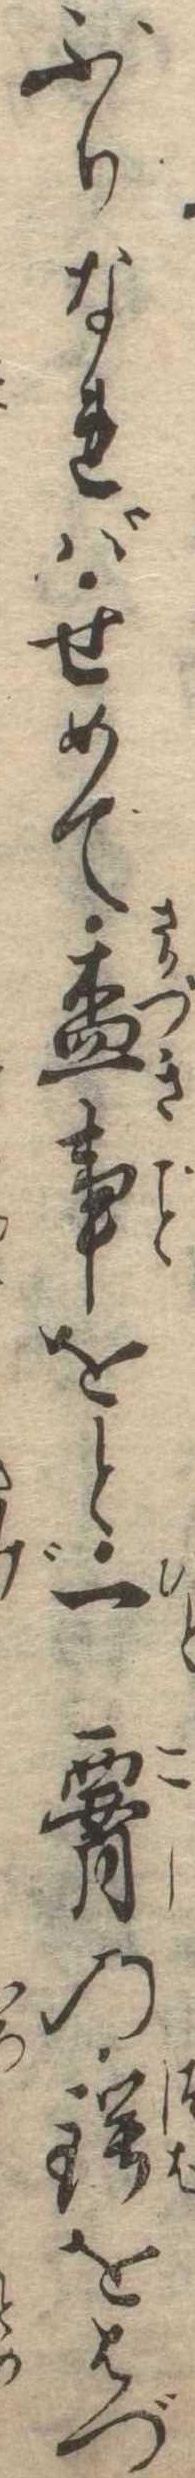
ぶりなればせめて杯事をと一腰の鍔をはづ